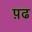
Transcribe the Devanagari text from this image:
प़ढ